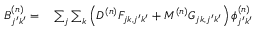
\begin{array} { r l } { B _ { j ^ { \prime } k ^ { \prime } } ^ { ( n ) } = } & { { } \sum _ { j } \sum _ { k } \left( D ^ { ( n ) } F _ { j k , j ^ { \prime } k ^ { \prime } } + M ^ { ( n ) } G _ { j k , j ^ { \prime } k ^ { \prime } } \right) \phi _ { j ^ { \prime } k ^ { \prime } } ^ { ( n ) } } \end{array}